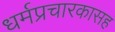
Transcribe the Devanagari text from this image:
धर्मप्रचारकासह